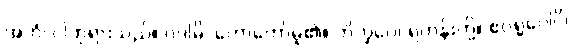
အဟံ၊ ငါဘုရားသည်။ ဝဒါမိ၊ ဟောတော်မူ၏။ ဘိက္ခဝေ၊ ရဟန်းတို့။ ဧဝရူပေါပိ၊